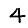
Digit: 4